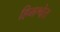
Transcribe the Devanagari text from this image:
हिमश्वेत